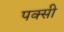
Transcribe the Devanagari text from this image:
पक्सी